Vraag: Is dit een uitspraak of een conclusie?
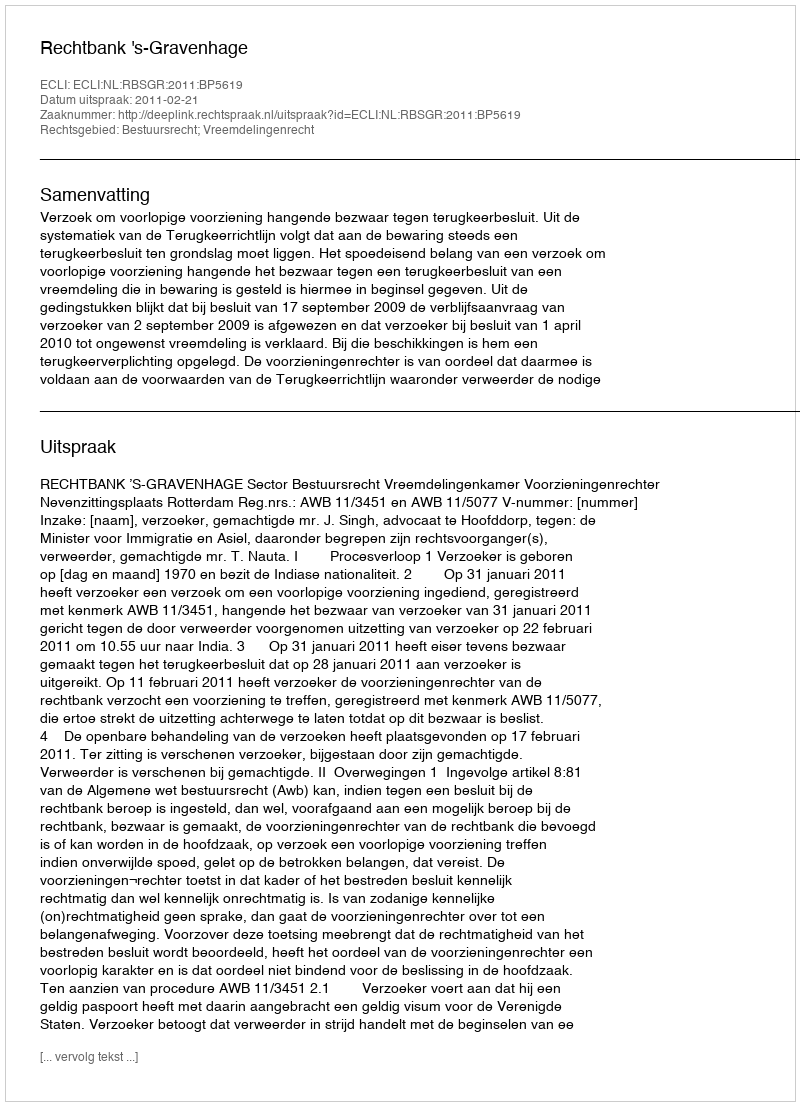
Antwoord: Uitspraak